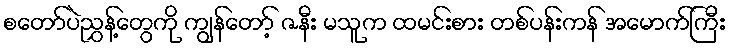
စတော်ပဲညွှန့်တွေကို ကျွန်တော့် ဇနီး မသူက ထမင်းစား တစ်ပန်းကန် အမောက်ကြီး